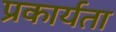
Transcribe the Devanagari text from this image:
प्रकार्यता